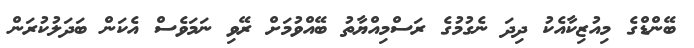
ބޭންޑްގެ މިއުޒިކާއެކު ދިދަ ނެގުމުގެ ރަސްމިއްޔާތު ބޭއްވުމަށް ރޭވި ނަމަވެސް އެކަން ބަދަލުކުރަން